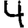
Digit: 4